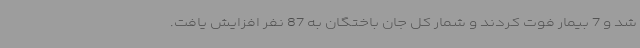
شد و 7 بیمار فوت کردند و شمار کل جان باختگان به 87 نفر افزایش یافت.